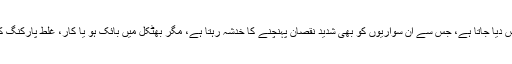
اسکوٹر یا بائک ہوتو ان سواریوں کو پولس کی گاڑی میں ٹھونس دیا جاتا ہے، جس سے ان سواریوں کو بھی شدید نقصان پہنچنے کا خدشہ رہتا ہے، مگر بھٹکل میں بائک ہو یا کار، غلط پارکنگ کرنے کی صورت میں وہیں پر گاڑیوں کو لاک کردیا جاتا ہے۔